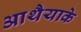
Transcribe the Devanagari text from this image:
आथैयाके